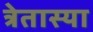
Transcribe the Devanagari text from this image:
त्रेतास्या